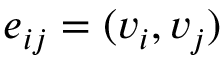
e _ { i j } = ( v _ { i } , v _ { j } )